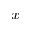
_ x